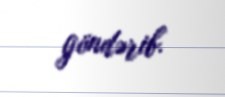
göndərib.